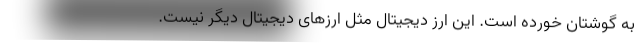
به گوشتان خورده است. این ارز دیجیتال مثل ارزهای دیجیتال دیگر نیست.